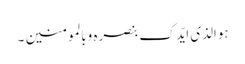
ہوالذی ایّدک بنصرہ وبالمومنین ۔